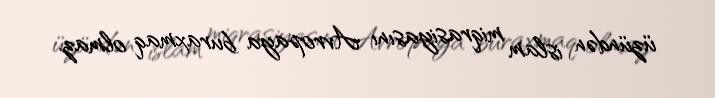
üzündən islam miqrasiyasını Avropaya buraxmaq olmaz.